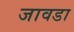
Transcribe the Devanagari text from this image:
जावडा